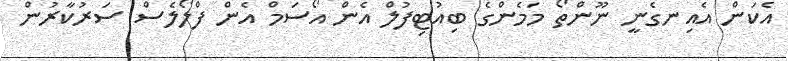
އެކަން އެއިނގެނީ ނޫންތޯ މަމެންގެ ބިއުޓިފުލް އެން އޯސަމް އެން ފްލޯލެސް ސަރުކާރުން